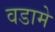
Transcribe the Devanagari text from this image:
वडामे